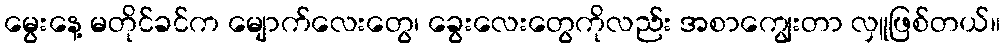
မွေးနေ့ မတိုင်ခင်က မျောက်လေးတွေ၊ ခွေးလေးတွေကိုလည်း အစာကျွေးတာ လှူဖြစ်တယ်။